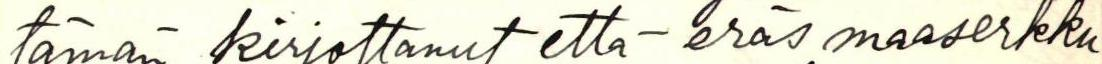
tämän kirjoittanut että - eräs maaserkku